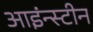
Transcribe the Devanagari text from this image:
आइंन्स्टीन